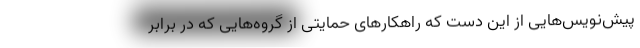
پیش‌نویس‌هایی از این دست که راهکارهای حمایتی از گروه‌هایی که در برابر